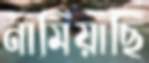
নামিয়াছি